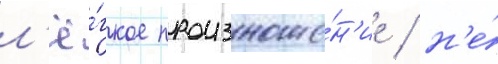
л'ё́гкое произноше́н'ие / н'е́